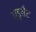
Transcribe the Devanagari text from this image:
एडूसैट